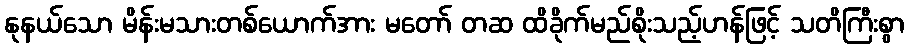
နုနယ်သော မိန်းမသားတစ်ယောက်အား မတော် တဆ ထိခိုက်မည်စိုးသည့်ဟန်ဖြင့် သတိကြီးစွာ